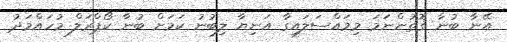
އޭނާ ބުނާ ގޮތުންނަމަ މިމައްސަލައިގާ އަނިޔާ ލިބުނު ކަމަށް ބުނާ ކޯޕްރަލް މުހައްމަދު